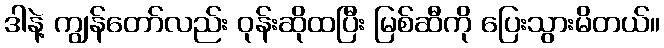
ဒါနဲ့ ကျွန်တော်လည်း ဝုန်းဆိုထပြီး မြစ်ဆီကို ပြေးသွားမိတယ်။